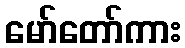
မော်တော်ကား